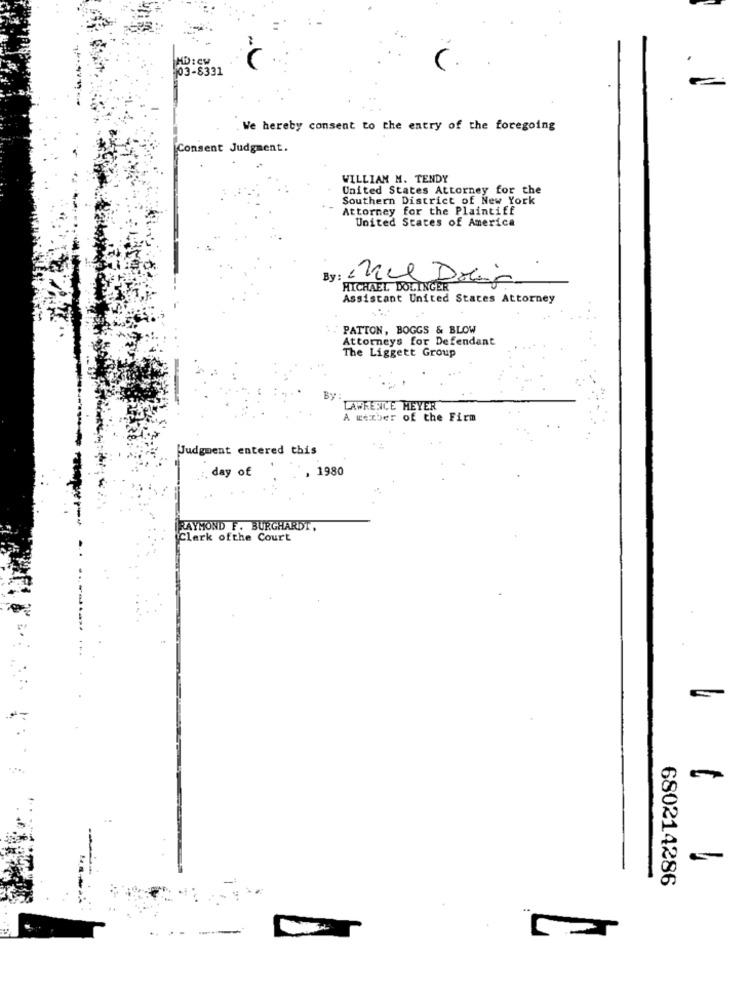
HD : Cw
03-8331
-
We hereby consent to the entry of the foregoing
Consent Judgment.
WILLIAM M. TENDY
United States Attorney for the
Southern District of New York
Attorney for the Plaintiff
United States of America
By :
MICHAEL DOLINGER
Assistant United States Attorney
PATTON, BOGGS & BLOW
Attorneys for Defendant
The Liggett Group
By
LAWRENCE MEYER
A werber of the Firm
Judgment entered this
day of
, 1980
RAYMOND F. BURGHARDT
Clerk ofthe Court
680214286